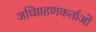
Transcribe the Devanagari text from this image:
अधिग्रहणकर्ताओं